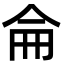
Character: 侖